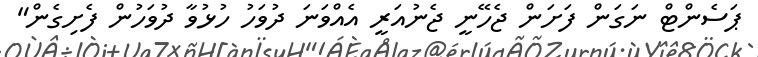
ޕަސެންޓް ނަގަން ފަށަން ޖެހޭނީ ޖެނުއަރީ އެއްވަނަ ދުވަހު ހުޅުވާ ދުވަހުން ފެށިގެން"